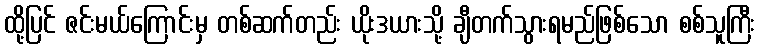
ထို့ပြင် ဇင်းမယ်ကြောင်းမှ တစ်ဆက်တည်း ယိုးဒယားသို့ ချီတက်သွားရမည်ဖြစ်သော စစ်သူကြီး